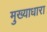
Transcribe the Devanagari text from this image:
मुख्याधारा